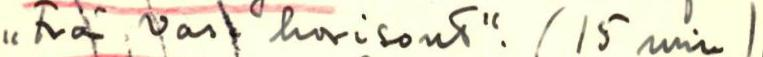
,, Två Vasa horisont". (15 min)